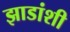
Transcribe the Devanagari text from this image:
झाडांशी